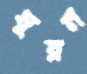
ঘুরন